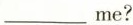
___me?